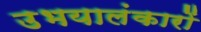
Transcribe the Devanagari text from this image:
उभयालंकारों